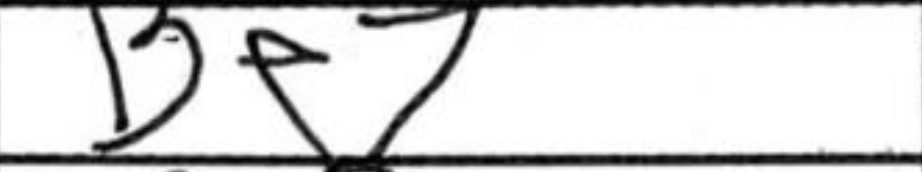
Transcription: Be7